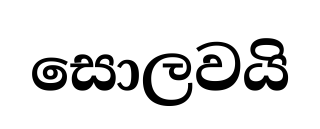
සොලවයි